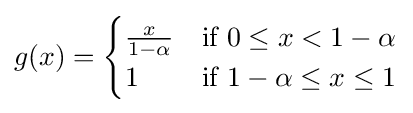
g(x)={\begin{cases}{\frac {x}{1-\alpha }}&{\text{if }}0\leq x<1-\alpha \\1&{\text{if }}1-\alpha \leq x\leq 1\end{cases}}